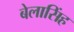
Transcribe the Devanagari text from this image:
बेलासिंह